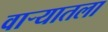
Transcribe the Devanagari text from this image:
वार्‍यातला